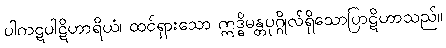
ပါကဋပါဋိဟာရိယံ၊ ထင်ရှားသော ဣဒ္ဓိမန္တပုဂ္ဂိုလ်ရှိသောပြာဋိဟာသည်။